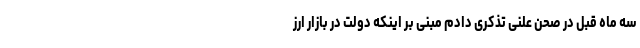
سه ماه قبل در صحن علنی تذکری دادم مبنی بر اینکه دولت در بازار ارز